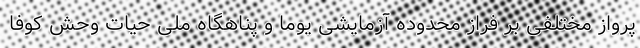
پرواز مختلفی بر فراز محدوده آزمایشی یوما و پناهگاه ملی حیات وحش کوفا